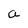
Character: a